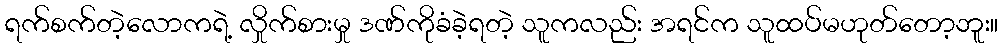
ရက်စက်တဲ့လောကရဲ့ လှိုက်စားမှု ဒဏ်ကိုခံခဲ့ရတဲ့ သူကလည်း အရင်က သူထပ်မဟုတ်တော့ဘူး။